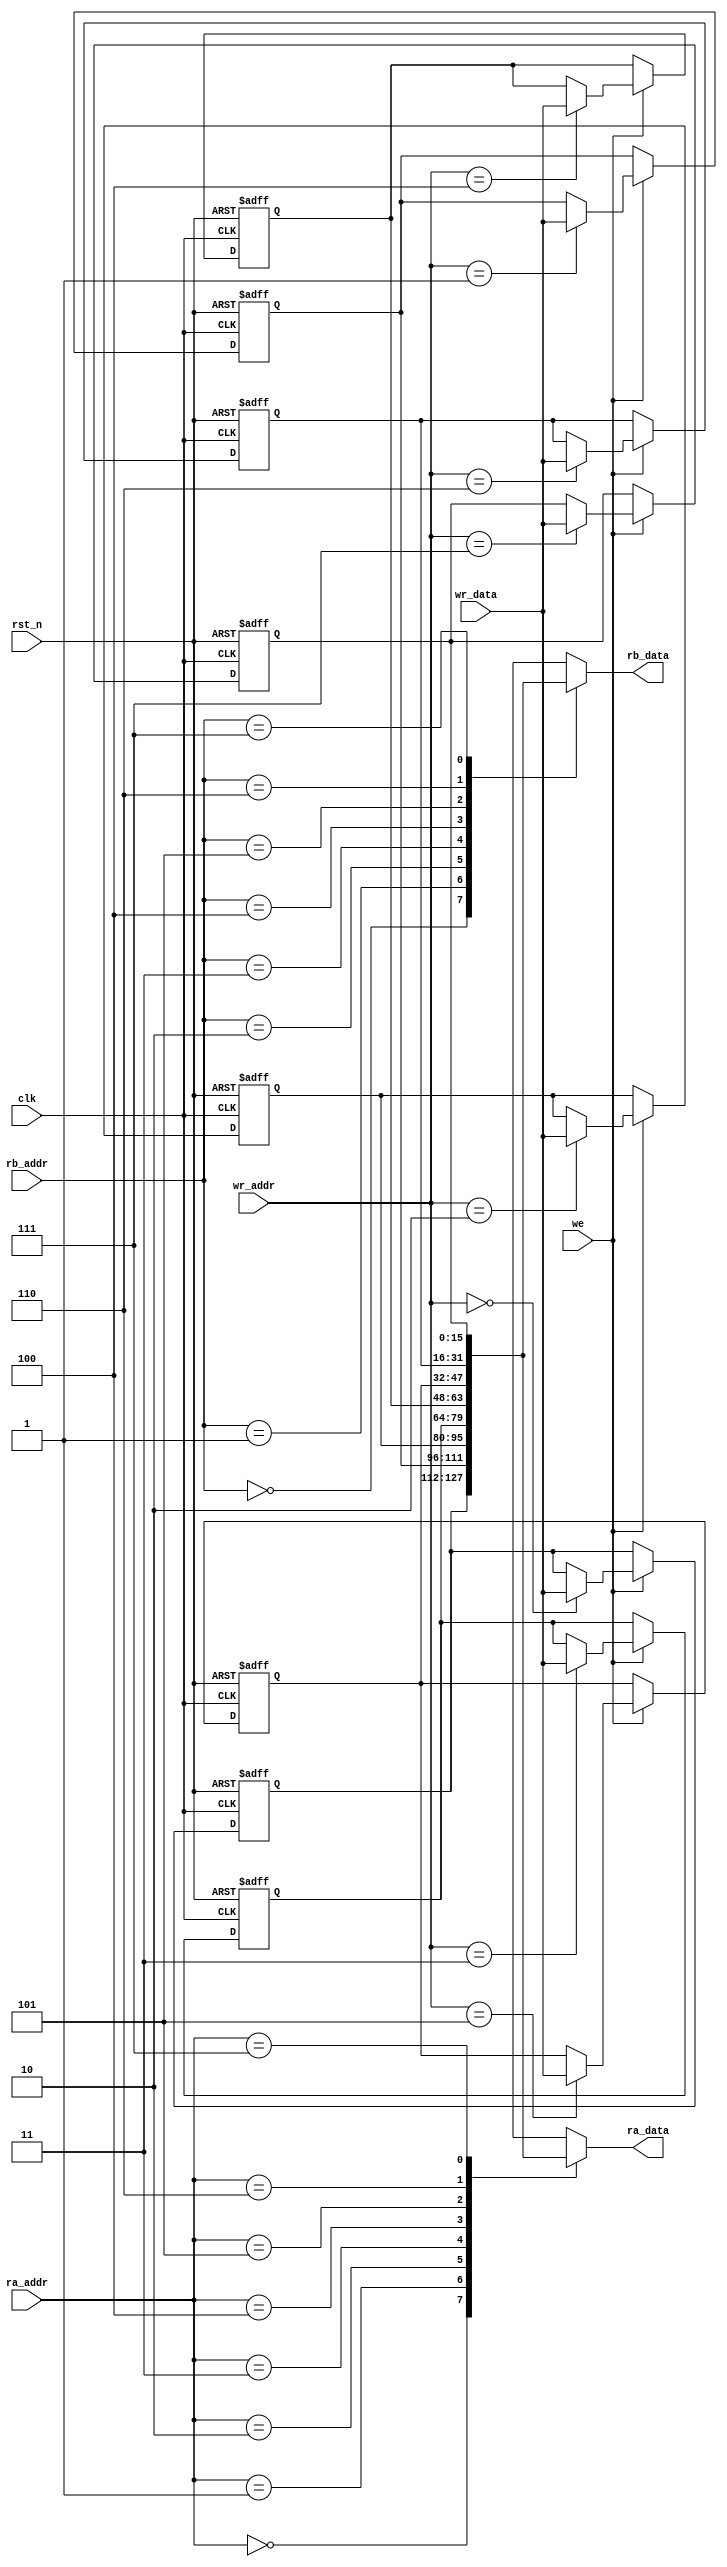
module RegisterFile
(
    clk,
    rst_n,
    we,
    ra_addr,
    rb_addr,
    wr_addr,
    wr_data,
    ra_data,
    rb_data
);
//*****************************************************************************
    // I/O port declaration
    input           clk;     // System clock
    input           rst_n;   // All reset
    input           we;      // Register write
    input  [ 3-1:0] ra_addr; // Source register 1 index
    input  [ 3-1:0] rb_addr; // Source register 2 index
    input  [ 3-1:0] wr_addr; // Destination register index
    input  [16-1:0] wr_data; // Destination register data
    output [16-1:0] ra_data; // Source register 1 data
    output [16-1:0] rb_data; // Source register 2 data

    // Global variable declaration
    // System
    reg signed [15:0] register [0:7]; // 16 word registers

    // System conection
    // Output
    assign ra_data = register[ra_addr];
    assign rb_data = register[rb_addr];
//*****************************************************************************
// Block: Register File
    always @(posedge clk or negedge rst_n) 
    begin
        if (~rst_n) // Initial
        begin
            register[0] <= 16'd0; register[1] <= 16'd0; register[2] <= 16'd0; register[3] <= 16'd0;
            register[4] <= 16'd0; register[5] <= 16'd0; register[6] <= 16'd0; register[7] <= 16'd0;
        end
        else
        begin
            if (we) // Write
                register[wr_addr] <= wr_data;
        end
    end
//*****************************************************************************
endmodule